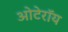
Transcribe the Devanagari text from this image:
ओटेरॉय